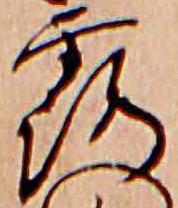
露